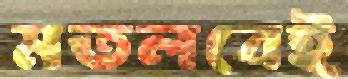
মতলবেই